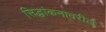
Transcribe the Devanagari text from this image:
सिद्धांकनावरील